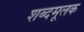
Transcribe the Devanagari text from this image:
शब्दमूलक